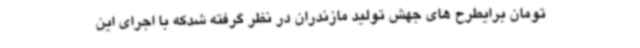
تومان برایطرح های جهش تولید مازندران در نظر گرفته شدکه با اجرای این